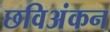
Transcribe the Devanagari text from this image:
छविअंकन